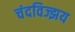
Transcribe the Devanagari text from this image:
चंदविज्झय